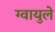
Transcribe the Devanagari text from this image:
ग्वायुले